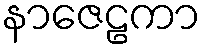
နာဇေဠကာ